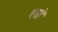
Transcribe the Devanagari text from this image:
एंसो